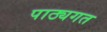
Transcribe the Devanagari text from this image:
पाठ्यगत